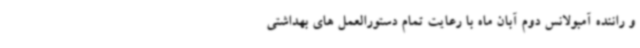
و راننده آمبولانس دوم آبان ماه با رعایت تمام دستورالعمل های بهداشتی